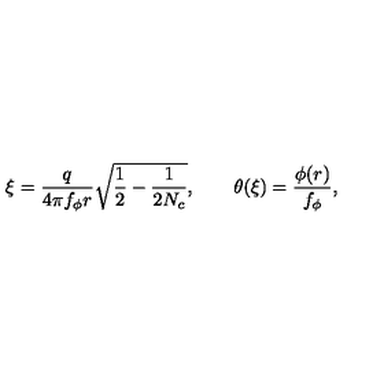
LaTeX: \xi = \frac { q } { 4 \pi f _ { \phi } r } \sqrt { \frac { 1 } { 2 } - \frac { 1 } { 2 N _ { c } } } , \qquad \theta ( \xi ) = \frac { \phi ( r ) } { f _ { \phi } } ,